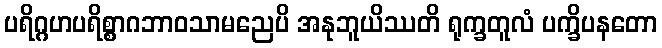
ပရိဂ္ဂဟပရိစ္စာဂဘာဝသာမညေပိ အနုဘူယိဿတိ ရုက္ခတူလံ ပက္ခိပနတော